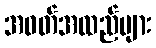
အဝတ်အထည်များ